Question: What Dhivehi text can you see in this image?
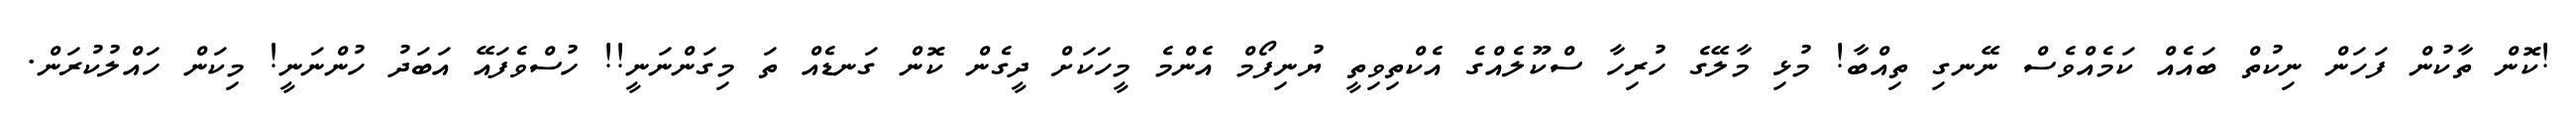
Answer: !ކޮން ތާކުން ފަހަން ނިކުތް ބައެއް ކަމެއްވެސް ނޭނގި ތިއްބާ! މުޅި މާލޭގެ ހުރިހާ ސްކޫލެއްގެ އެކްތިވިތީ ޔުނިފޯމް އެންމެ މީހަކަށް ދީގެން ކޮން ގަނޑެއް ތަ މިގަންނަނީ!! ހުސްވެފައޭ އަބަދު ހުންނަނީ! މިކަން ހައްލުކުރަން.